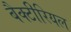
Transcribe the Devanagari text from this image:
बैक्‍टीरियल